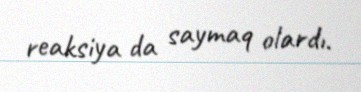
reaksiya da saymaq olardı.